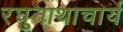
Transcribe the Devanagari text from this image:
रघुनाथाचार्य